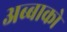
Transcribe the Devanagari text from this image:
अब्बाको